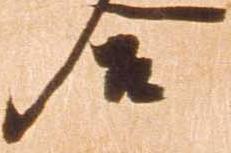
合